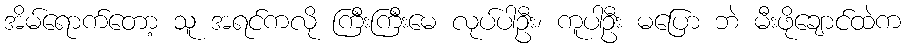
အိမ်ရောက်တော့ သူ အရင်ကလို ကြီးကြီးမေ လုပ်ပါဦး၊ ကူပါဦး မပြော ဘဲ မီးဖိုချောင်ထဲက